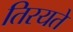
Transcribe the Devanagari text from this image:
तिरयते